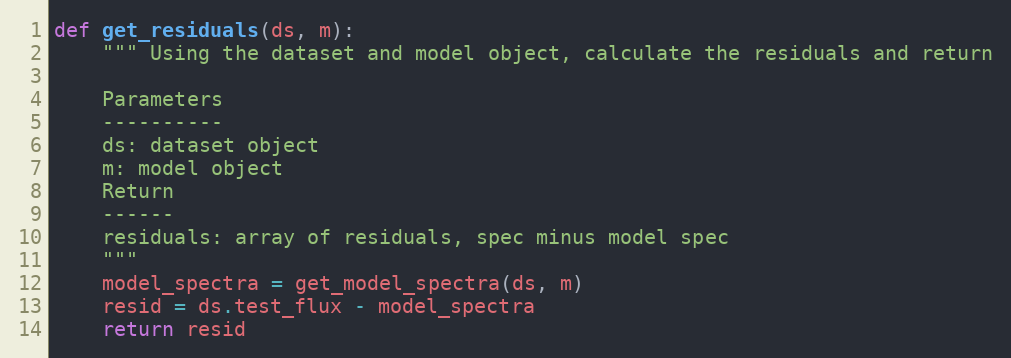
Language: Python
def get_residuals(ds, m):
    """ Using the dataset and model object, calculate the residuals and return

    Parameters
    ----------
    ds: dataset object
    m: model object
    Return
    ------
    residuals: array of residuals, spec minus model spec
    """
    model_spectra = get_model_spectra(ds, m)
    resid = ds.test_flux - model_spectra
    return resid